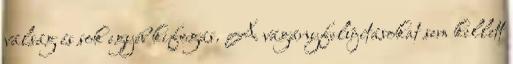
válság és sok egyéb kifogás. A vágányfelújításokat sem kellett